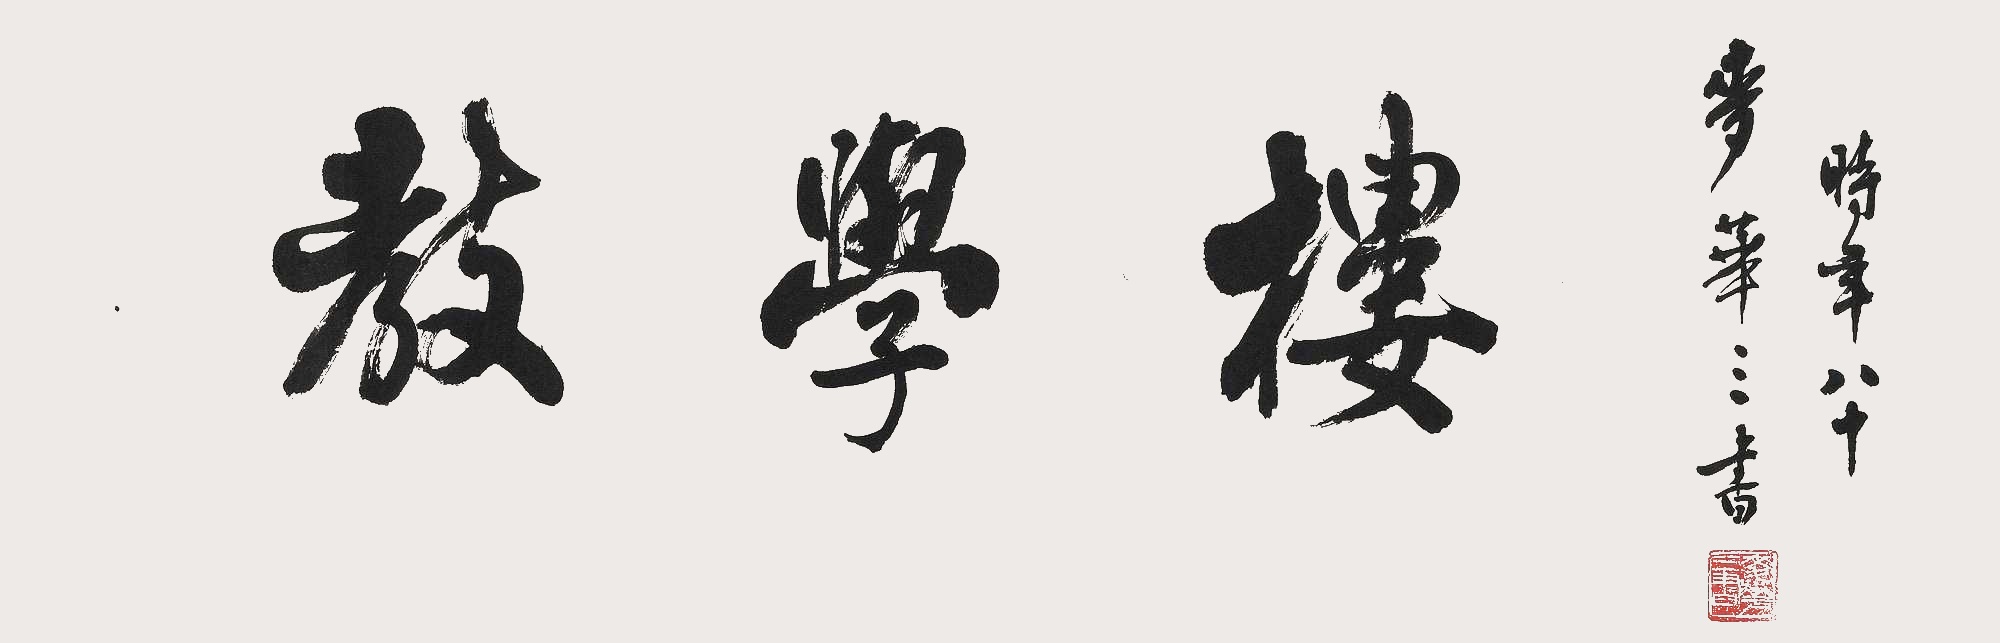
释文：教学楼。麦华三书，时年八十。